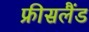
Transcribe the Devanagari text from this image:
फ्रीसलैंड